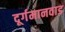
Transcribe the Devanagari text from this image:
दूर्गमानवाड